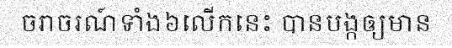
ចរាចរណ៍ទាំង៦លើកនេះ បានបង្កឲ្យមាន